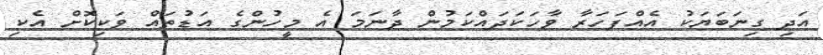
އަދި ގިނަބަޔަކު އެއްފަހަރާ ވާހަކަދައްކަމުން ދާނަމަ އެ މީހުންގެ އަޑުތައް ވަކިކޮށް އެކި